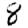
Digit: 8